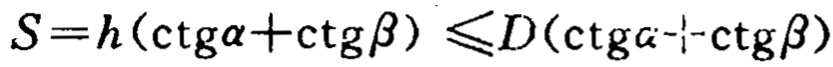
\(S = h(\ctg\alpha+\ctg\beta)\leqslant D(\ctg\alpha+\ctg\beta)\)